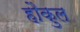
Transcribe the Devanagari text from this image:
हौकुल